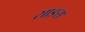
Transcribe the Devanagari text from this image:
साङ्स